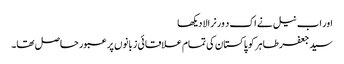
اور اب نیل نے اک د ور نرالا دیکھا
سید جعفر طاہر کو پاکستان کی تمام علاقائی زبانوں پر عبور حاصل تھا۔